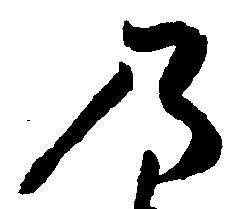
乃